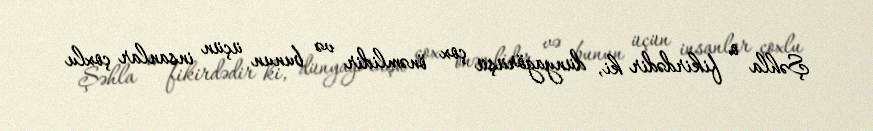
Şəhla o fikirdədir ki, dünyagörüşü çox önəmlidir və bunun üçün insanlar çoxlu